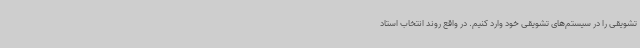
تشویقی را در سیستم‌های تشویقی خود وارد کنیم. در واقع روند انتخاب استاد